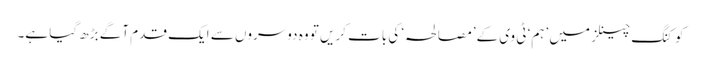
کوکنگ چینلز میں ’ہم‘ ٹی وی کے’مصالحہ‘ کی بات کریں تو وہ دوسروں سے ایک قدم آگے بڑھ گیا ہے۔